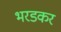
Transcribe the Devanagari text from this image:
भरडकर